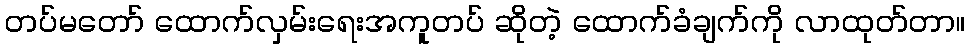
တပ်မတော် ထောက်လှမ်းရေးအကူတပ် ဆိုတဲ့ ထောက်ခံချက်ကို လာထုတ်တာ။